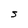
Character: S